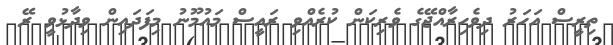
ތިރީސް އަހަރު ދިވެހިރާއްޖޭގެ ވެރިކަން ކުރެއްވި ރައީސް މައުމޫނު މިފަދައިން ވިދާޅުވީ ރޭ